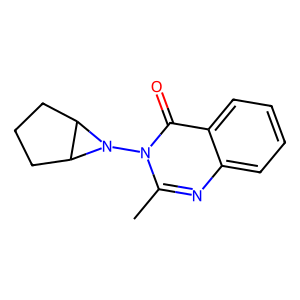
SMILES: Cc1nc2ccccc2c(=O)n1N1C2CCCC21
Inhibits HIV replication: No